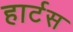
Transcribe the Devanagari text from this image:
हार्टस